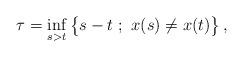
LaTeX: \begin{align*} \tau = \inf_{s > t}\big\{s-t ~;~ x(s) \neq x(t)\big\}\,, \end{align*}